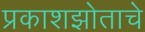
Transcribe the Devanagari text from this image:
प्रकाशझोताचे